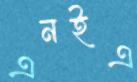
এনইএ